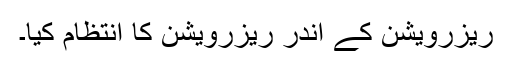
ریزرویشن کے اندر ریزرویشن کا انتظام کیا۔